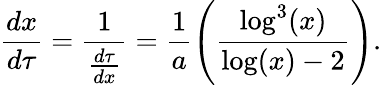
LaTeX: \frac{dx}{d\tau}=\frac{1}{\frac{d\tau}{dx}}=\frac{1}{a}\left(\frac{\log^{3}(x)}{\log(x)-2}\right).